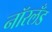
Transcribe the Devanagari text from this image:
नॉरलँड